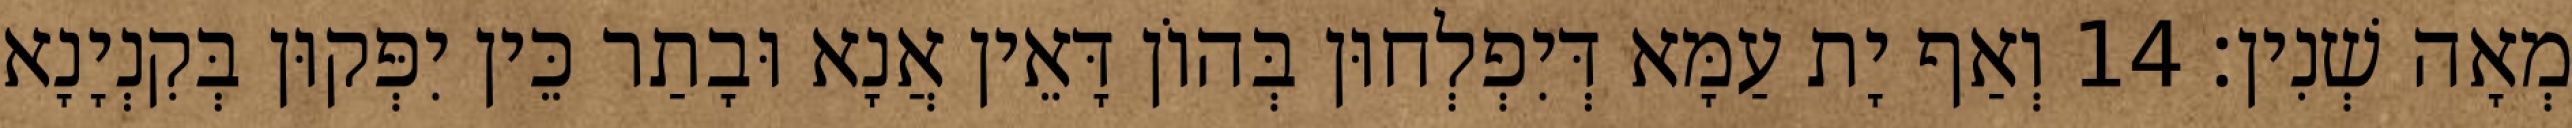
מְאָה שְׁנִין׃ 14 וְאַף יָת עַמָּא דְּיִפְלְחוּן בְּהוֹן דָּאֵין אֲנָא וּבָתַר כֵּין יִפְּקוּן בְּקִנְיָנָא